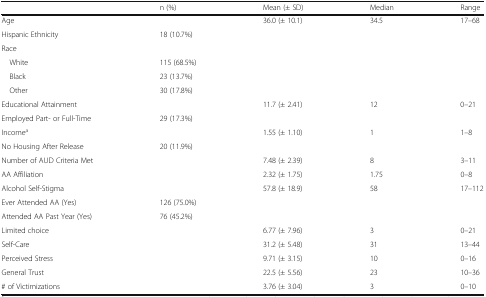
|  | n (%) | Mean (± SD) | Median | Range |
 | --- | --- | --- | --- | --- |
 | Age |  | 36.0 (± 10.1) | 34.5 | 17–68 |
 | Hispanic Ethnicity | 18 (10.7%) |  |  |  |
 | <COLSPAN=5> Race |
 | White | 115 (68.5%) |  |  |  |
 | Black | 23 (13.7%) |  |  |  |
 | Other | 30 (17.8%) |  |  |  |
 | Educational Attainment |  | 11.7 (± 2.41) | 12 | 0–21 |
 | Employed Part- or Full-Time | 29 (17.3%) |  |  |  |
 | Incomea |  | 1.55 (± 1.10) | 1 | 1–8 |
 | No Housing After Release | 20 (11.9%) |  |  |  |
 | Number of AUD Criteria Met |  | 7.48 (± 2.39) | 8 | 3–11 |
 | AA Affiliation |  | 2.32 (± 1.75) | 1.75 | 0–8 |
 | Alcohol Self-Stigma |  | 57.8 (± 18.9) | 58 | 17–112 |
 | Ever Attended AA (Yes) | 126 (75.0%) |  |  |  |
 | Attended AA Past Year (Yes) | 76 (45.2%) |  |  |  |
 | Limited choice |  | 6.77 (± 7.96) | 3 | 0–21 |
 | Self-Care |  | 31.2 (± 5.48) | 31 | 13–44 |
 | Perceived Stress |  | 9.71 (± 3.15) | 10 | 0–16 |
 | General Trust |  | 22.5 (± 5.56) | 23 | 10–36 |
 | # of Victimizations |  | 3.76 (± 3.04) | 3 | 0–10 |